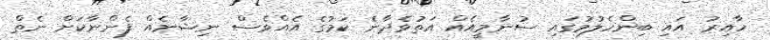
ހާއިރު އައި ބިންހެލުމުގައި ސުނާމީއެއް އަތުވެދާނެ ކަމުގެ އެއްވެސް ނިޝާނެއް ފެންނާކަށް ނެތް